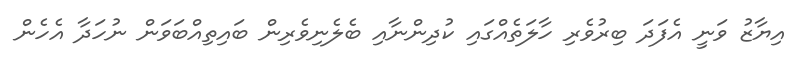
އިޔާޒު ވަނީ އެފަދަ ބިރުވެރި ހާލަތެއްގައި ކުދިންނާއި ބެލެނިވެރިން ބައިތިއްބަވަން ނުހަދާ އެހެން